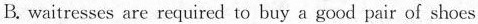
B. waitresses are required to buy a good pair of shoes